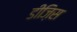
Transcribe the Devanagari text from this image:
डीज़िस